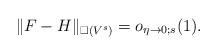
LaTeX: \begin{align*} \|F-H\|_{\square(V^s)}=o_{\eta\to 0;s}(1).\end{align*}